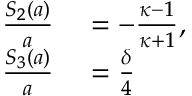
\begin{array} { r l } { \frac { S _ { 2 } ( a ) } { a } } & { { } = - \frac { \kappa - 1 } { \kappa + 1 } , } \\ { \frac { S _ { 3 } ( a ) } { a } } & { { } = \frac { \delta } { 4 } } \end{array}